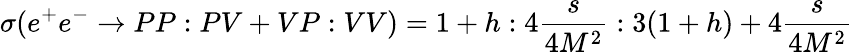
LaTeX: \sigma(e^{+}e^{-}\rightarrow PP:PV+VP:VV)=1+h:4\frac{s}{4M^{2}}:3(1+h)+4\frac{s}{4M^{2}}